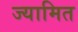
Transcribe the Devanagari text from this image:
ज्यामित